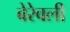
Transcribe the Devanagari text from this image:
बेरेवली